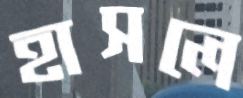
হাসলে